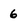
Character: 6